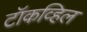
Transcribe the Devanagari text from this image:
टॉकव्हिल